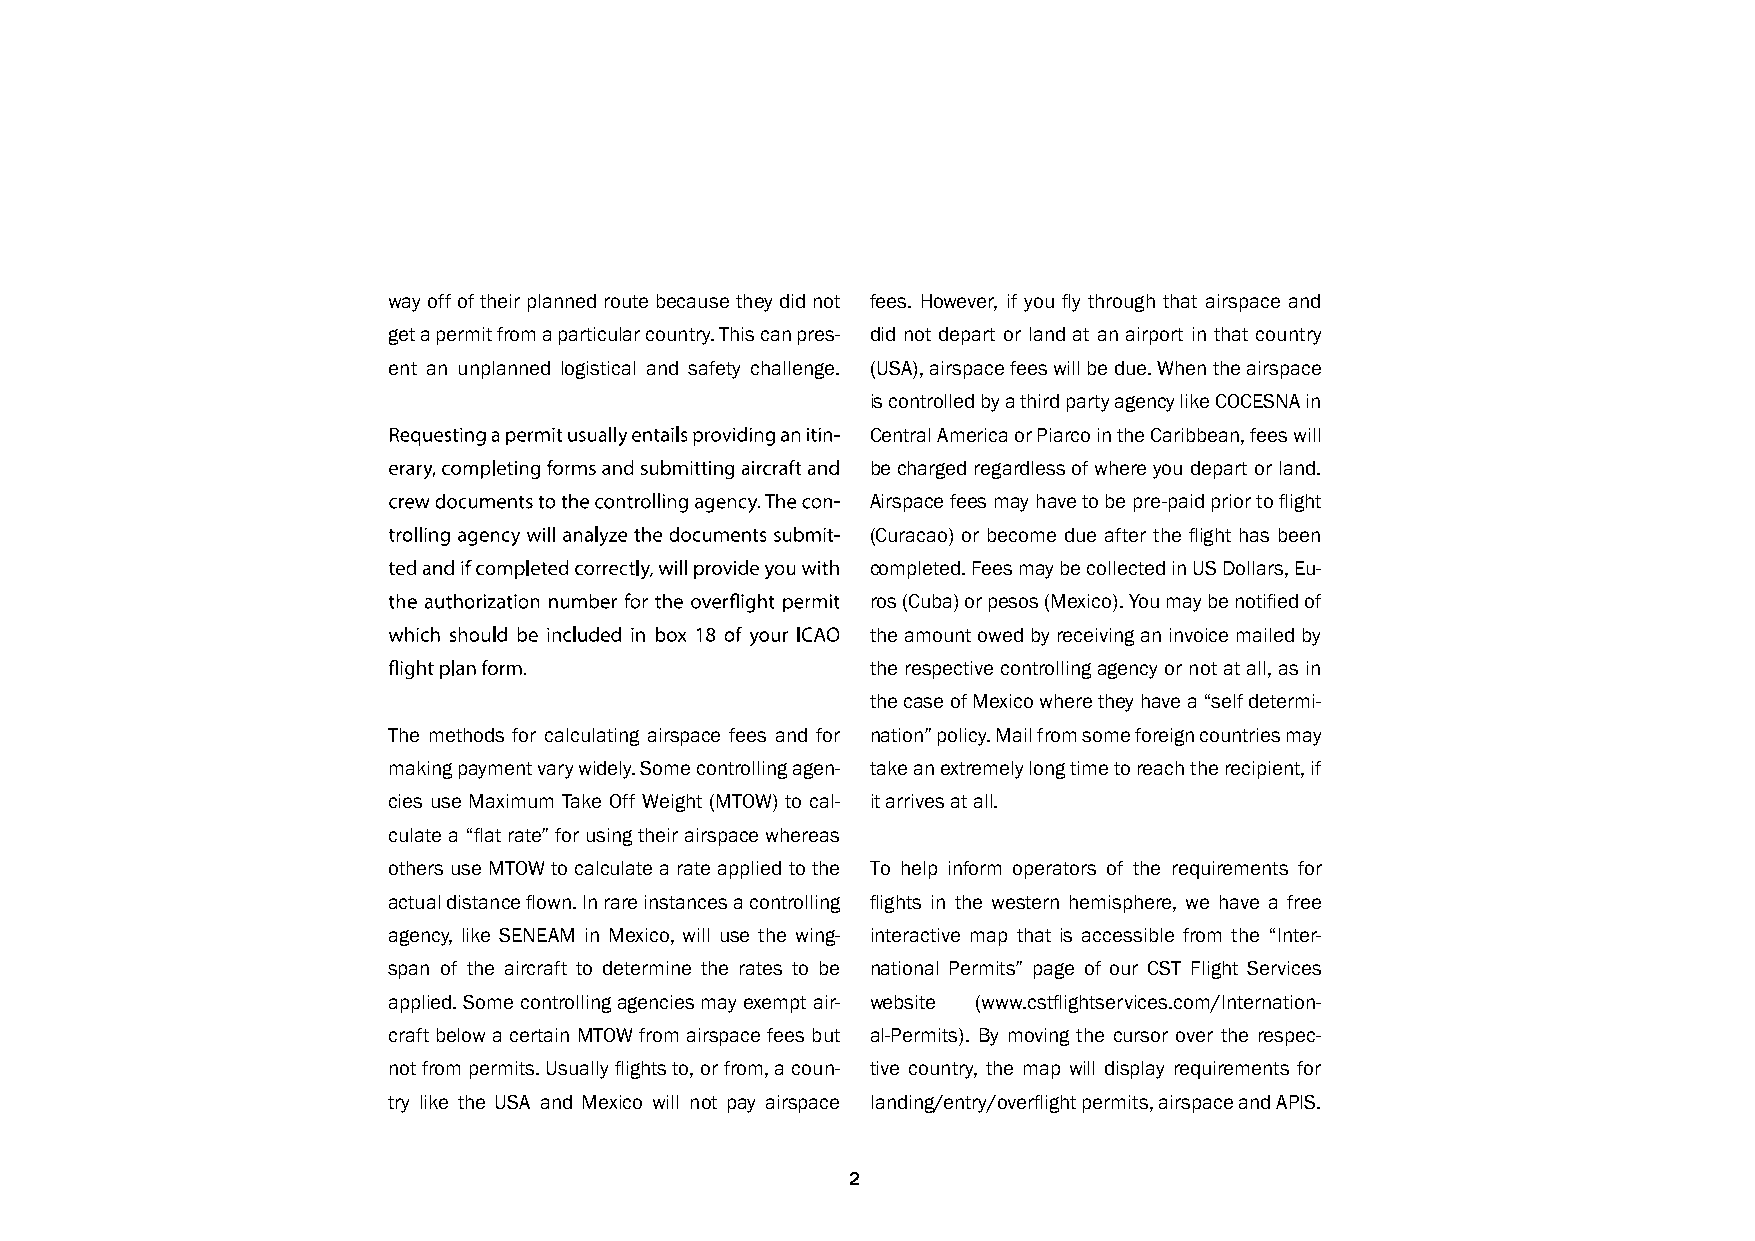
way off of their planned route because they did not fees. However, if you fl y through that airspace and
 get a permit from a particular country. This can pres- did not depart or land at an airport in that country
 ent an unplanned logistical and safety challenge. (USA), airspace fees will be due. When the airspace
 is controlled by a third party agency like COCESNA in
 Central America or Piarco in the Caribbean, fees will
 be charged regardless of where you depart or land.
 Airspace fees may have to be pre-paid prior to fl ight
 (Curacao) or become due after the fl ight has been
 completed. Fees may be collected in US Dollars, Eu-
 ros (Cuba) or pesos (Mexico). You may be notifi ed of
 the amount owed by receiving an invoice mailed by
 the respective controlling agency or not at all, as in
 the case of Mexico where they have a “self determi-
 The methods for calculating airspace fees and for nation” policy. Mail from some foreign countries may
 making payment vary widely. Some controlling agen- take an extremely long time to reach the recipient, if
 cies use Maximum Take Off Weight (MTOW) to cal- it arrives at all.
 culate a “fl at rate” for using their airspace whereas
 others use MTOW to calculate a rate applied to the To help inform operators of the requirements for
 actual distance fl own. In rare instances a controlling fl ights in the western hemisphere, we have a free
 agency, like SENEAM in Mexico, will use the wing- interactive map that is accessible from the “Inter-
 span of the aircraft to determine the rates to be national Permits” page of our CST Flight Services
 applied. Some controlling agencies may exempt air- website (www.cstfl ightservices.com/Internation-
 craft below a certain MTOW from airspace fees but al-Permits). By moving the cursor over the respec-
 not from permits. Usually fl ights to, or from, a coun- tive country, the map will display requirements for
 try like the USA and Mexico will not pay airspace landing/entry/overfl ight permits, airspace and APIS.
 2